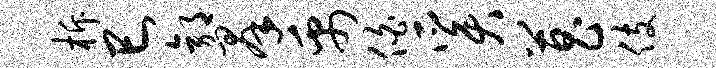
柝巳郭群禹伯奚菖伎